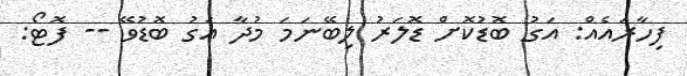
ފިހާރައެއް: އަގު ބޮޑުކޮށް ޑޮލަރު ލިބޭނަމަ މުދާ އަގު ބޮޑުވޭ -- ފޮޓޯ: